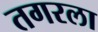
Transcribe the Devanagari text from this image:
तगरला